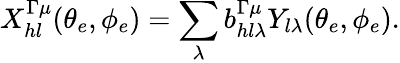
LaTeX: X_{hl}^{\Gamma\mu}(\theta_{e},\phi_{e})=\sum_{\lambda}b_{hl\lambda}^{\Gamma\mu}Y_{l\lambda}(\theta_{e},\phi_{e}).